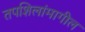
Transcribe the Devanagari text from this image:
तपशिलांमागील